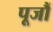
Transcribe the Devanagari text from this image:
पूजौं